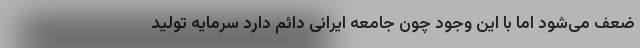
ضعف می‌شود اما با این وجود چون جامعه ایرانی دائم دارد سرمایه تولید